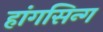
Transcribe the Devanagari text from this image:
हांगसिन्ग